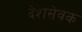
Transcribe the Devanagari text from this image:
देशसेवक